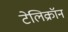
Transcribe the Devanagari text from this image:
टेलिक्रॉन